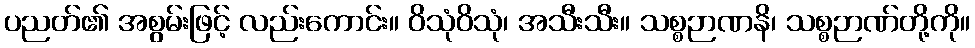
ပညတ်၏ အစွမ်းဖြင့် လည်းကောင်း။ ဝိသုံဝိသုံ၊ အသီးသီး။ သစ္စဉာဏနိ၊ သစ္စဉာဏ်တို့ကို။